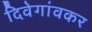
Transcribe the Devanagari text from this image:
दिवेगांवकर